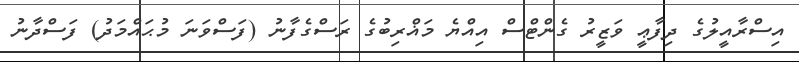
އިސްރާއީލުގެ ދިފާޢީ ވަޒީރު ގެންޓްސް އިއްޔެ މަޣްރިބުގެ ރަސްގެފާނު (ފަސްވަނަ މުޙައްމަދު) ފަސްދާނު